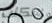
سكنت